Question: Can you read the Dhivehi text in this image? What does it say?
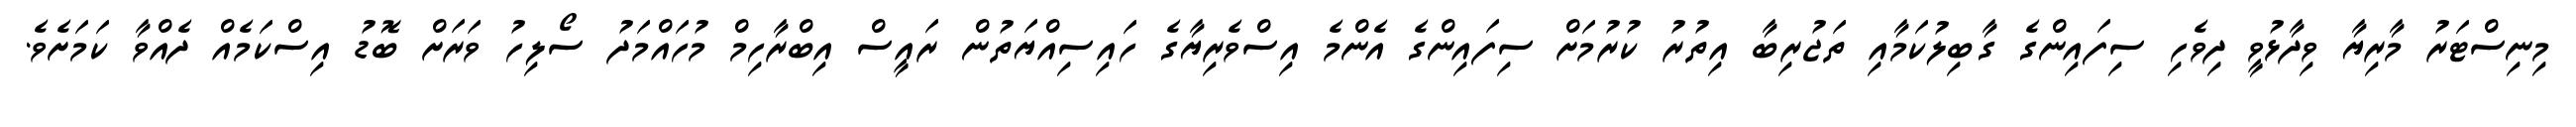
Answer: މިނިސްޓަރު މާރިޔާ ވިދާޅުވީ ދިވެހި ސިފައިންގެ ގާބިލުކަމާއި ތަޖުރިބާ އިތުރު ކުރުމަށް ސިފައިންގެ އެންމެ އިސްވެރިޔާގެ ހައިސިއްޔަތުން ރައީސް އިބްރާހިމް މުހައްމަދު ސޯލިހު ވަރަށް ބޮޑު އިސްކަމެއް ދެއްވާ ކަމަށެވެ.